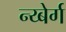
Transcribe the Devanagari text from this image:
न्य्बेर्ग